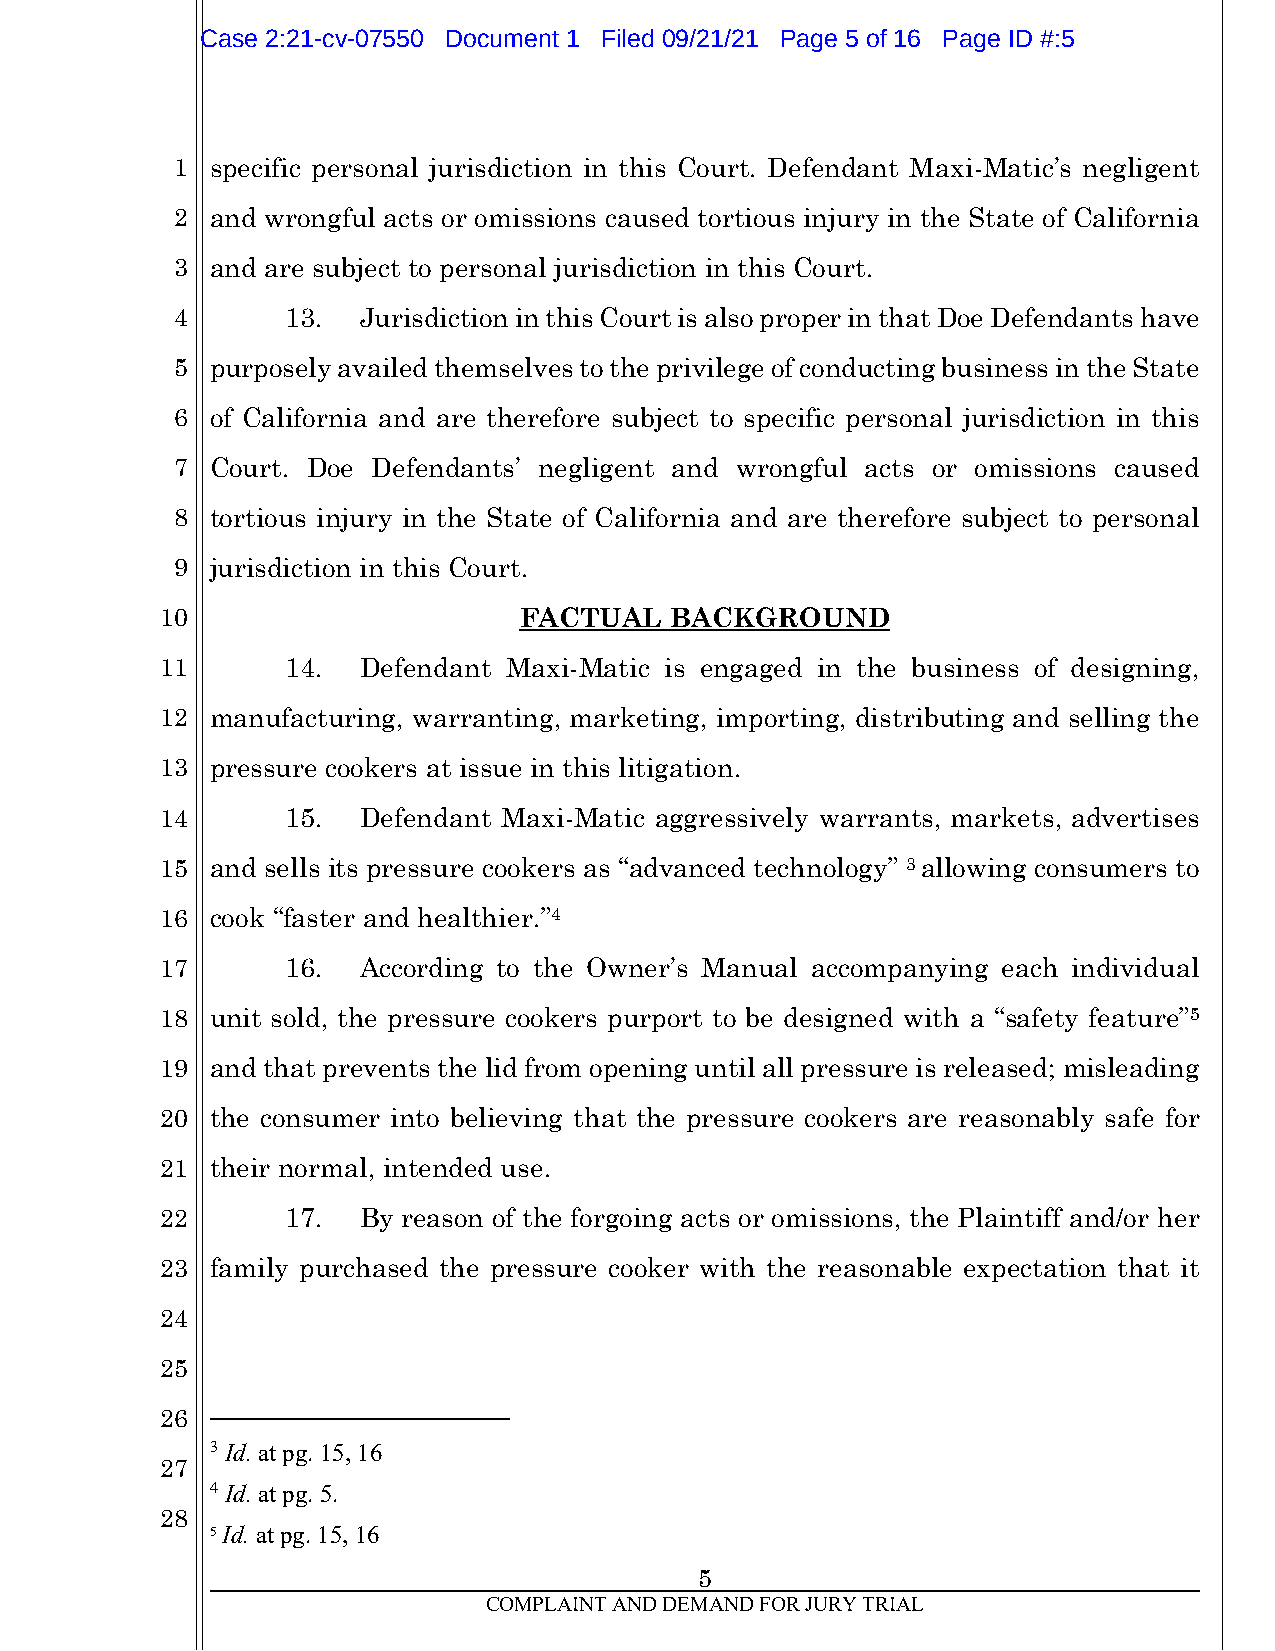
Case 2:21-cv-07550 Document 1 Filed 09/21/21 Page 5 of 16 Page ID #:5
 1  specific personal jurisdiction in this Court. Defendant Maxi-Matic’s negligent
 2  and wrongful acts or omissions caused tortious injury in the State of California
 3  and are subject to personal jurisdiction in this Court.
 4       13.  Jurisdiction in this Court is also proper in that Doe Defendants have
 5  purposely availed themselves to the privilege of conducting business in the State
 6  of California and are therefore subject to specific personal jurisdiction in this
 7  Court. Doe Defendants’ negligent and wrongful acts or omissions caused
 8  tortious injury in the State of California and are therefore subject to personal
 9  jurisdiction in this Court.
 10                     FACTUAL   BACKGROUND
 11      14.  Defendant Maxi-Matic is engaged in the business of designing,
 12 manufacturing, warranting, marketing, importing, distributing and selling the
 13 pressure cookers at issue in this litigation.
 14      15.  Defendant Maxi-Matic aggressively warrants, markets, advertises
 15 and sells its pressure cookers as “advanced technology” 3 allowing consumers to
 16 cook “faster and healthier.”4
 17      16.  According to the Owner’s Manual accompanying each individual
 18 unit sold, the pressure cookers purport to be designed with a “safety feature”5
 19 and that prevents the lid from opening until all pressure is released; misleading
 20 the consumer into believing that the pressure cookers are reasonably safe for
 21 their normal, intended use.
 22      17.  By reason of the forgoing acts or omissions, the Plaintiff and/or her
 23 family purchased the pressure cooker with the reasonable expectation that it
 24
 25
 26
 3 Id. at pg. 15, 16
 27
 4 Id. at pg. 5.
 28
 5 Id. at pg. 15, 16
 5
 COMPLAINT AND DEMAND FOR JURY TRIAL